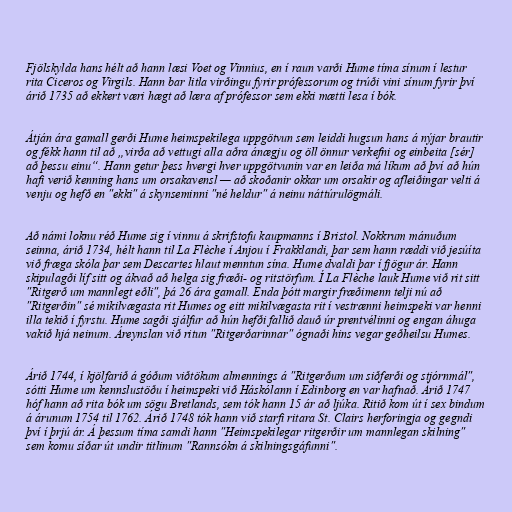
Fjölskylda hans hélt að hann læsi Voet og Vinnius, en í raun varði Hume tíma sínum í lestur
rita Ciceros og Virgils. Hann bar litla virðingu fyrir prófessorum og trúði vini sínum fyrir því
árið 1735 að ekkert væri hægt að læra af prófessor sem ekki mætti lesa í bók.

Átján ára gamall gerði Hume heimspekilega uppgötvun sem leiddi hugsun hans á nýjar brautir
og fékk hann til að „virða að vettugi alla aðra ánægju og öll önnur verkefni og einbeita [sér]
að þessu einu“. Hann getur þess hvergi hver uppgötvunin var en leiða má líkum að því að hún
hafi verið kenning hans um orsakavensl — að skoðanir okkar um orsakir og afleiðingar velti á
venju og hefð en "ekki" á skynseminni "né heldur" á neinu náttúrulögmáli.

Að námi loknu réð Hume sig í vinnu á skrifstofu kaupmanns í Bristol. Nokkrum mánuðum
seinna, árið 1734, hélt hann til La Flèche í Anjou í Frakklandi, þar sem hann ræddi við jesúíta
við fræga skóla þar sem Descartes hlaut menntun sína. Hume dvaldi þar í fjögur ár. Hann
skipulagði líf sitt og ákvað að helga sig fræði- og ritstörfum. Í La Flèche lauk Hume við rit sitt
"Ritgerð um mannlegt eðli", þá 26 ára gamall. Enda þótt margir fræðimenn telji nú að
"Ritgerðin" sé mikilvægasta rit Humes og eitt mikilvægasta rit í vestrænni heimspeki var henni
illa tekið í fyrstu. Hume sagði sjálfur að hún hefði fallið dauð úr prentvélinni og engan áhuga
vakið hjá neinum. Áreynslan við ritun "Ritgerðarinnar" ógnaði hins vegar geðheilsu Humes.

Árið 1744, í kjölfarið á góðum viðtökum almennings á "Ritgerðum um siðferði og stjórnmál",
sótti Hume um kennslustöðu í heimspeki við Háskólann í Edinborg en var hafnað. Árið 1747
hóf hann að rita bók um sögu Bretlands, sem tók hann 15 ár að ljúka. Ritið kom út í sex bindum
á árunum 1754 til 1762. Árið 1748 tók hann við starfi ritara St. Clairs herforingja og gegndi
því í þrjú ár. Á þessum tíma samdi hann "Heimspekilegar ritgerðir um mannlegan skilning"
sem komu síðar út undir titlinum "Rannsókn á skilningsgáfunni".